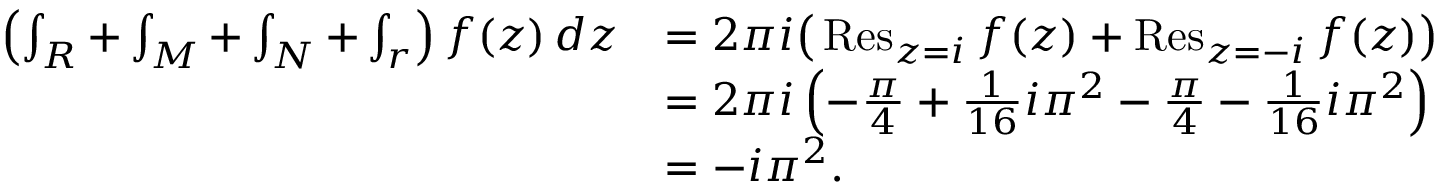
{ \begin{array} { r l } { \left( \int _ { R } + \int _ { M } + \int _ { N } + \int _ { r } \right) f ( z ) \, d z } & { = 2 \pi i { \big ( } \operatorname { R e s } _ { z = i } f ( z ) + \operatorname { R e s } _ { z = - i } f ( z ) { \big ) } } \\ & { = 2 \pi i \left( - { \frac { \pi } { 4 } } + { \frac { 1 } { 1 6 } } i \pi ^ { 2 } - { \frac { \pi } { 4 } } - { \frac { 1 } { 1 6 } } i \pi ^ { 2 } \right) } \\ & { = - i \pi ^ { 2 } . } \end{array} }